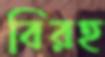
বিরহ